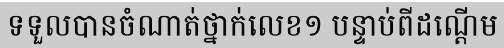
ទទួលបានចំណាត់ថ្នាក់លេខ១ បន្ទាប់ពីដណ្តើម